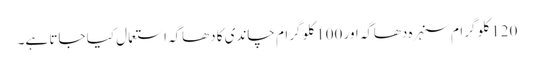
120 کلو گرام سنہرہ دھاگہ اور 100 کلو گرام چاندی کا دھاگہ استعمال کیا جاتا ہے۔